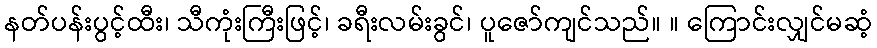
နတ်ပန်းပွင့်ထီး၊ သီကုံးကြီးဖြင့်၊ ခရီးလမ်းခွင်၊ ပူဇော်ကျင်သည်။ ။ ကြောင်းလျှင်မဆံ့